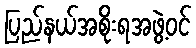
ပြည်နယ်အစိုးရအဖွဲ့ဝင်